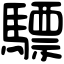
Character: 驃